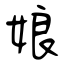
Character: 娘